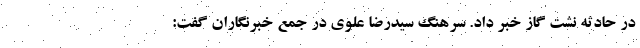
در حادثه نشت گاز خبر داد. سرهنگ سیدرضا علوی در جمع خبرنگاران گفت: